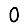
Digit: 0